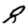
Digit: 8